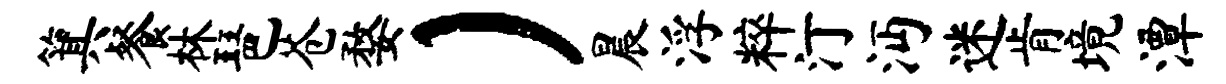
箕餐林琶苍婺）晨浮粹汀沔迷肯境潭